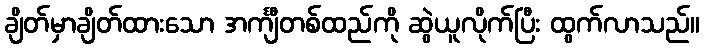
ချိတ်မှာချိတ်ထားသော အင်္ကျီတစ်ထည်ကို ဆွဲယူလိုက်ပြီး ထွက်လာသည်။